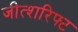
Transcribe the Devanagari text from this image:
जीत्शरिफ्ट